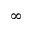
\infty